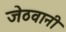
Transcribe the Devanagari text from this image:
जेठवानी